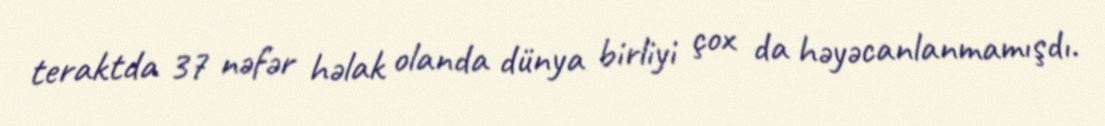
teraktda 37 nəfər həlak olanda dünya birliyi çox da həyəcanlanmamışdı.